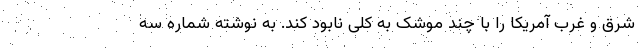
شرق و غرب آمریکا را با چند موشک به کلی نابود کند. به نوشته شماره سه